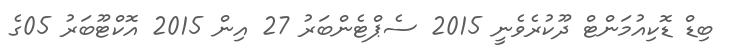
ބިޑް ޑޮކިއުމަންޓް ދޫކުރެވެނީ 2015 ސެޕްޓެންބަރު 27 އިން 2015 އޮކްޓޫބަރު 05ގެ